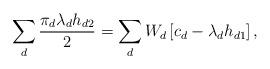
LaTeX: \begin{align*}\sum_d \frac{\pi_d \lambda_dh_{d2}}{2} = \sum_d W_d \left[c_d - \lambda_d h_{d1}\right],\end{align*}